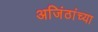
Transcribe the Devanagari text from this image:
अजिंठांच्या